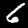
Digit: 6